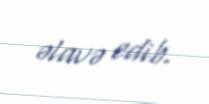
əlavə edib.